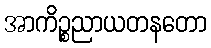
အာကိဉ္စညာယတနတော